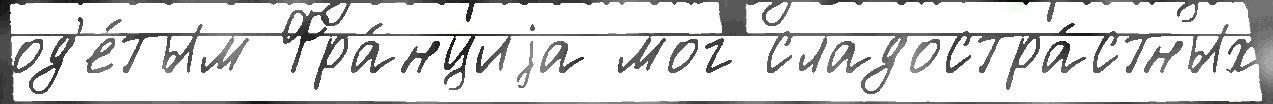
од'е́тым Фра́нциjа мог сладостра́стных